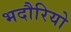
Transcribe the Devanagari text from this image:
भदौरियो